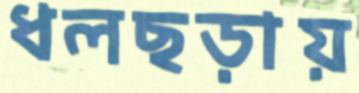
ধলছড়ায়